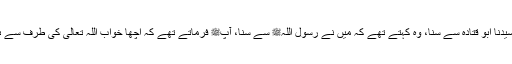
1516: ابو سلمہ کہتے ہیں کہ میں نے سیدنا ابو قتادہؓ سے سنا، وہ کہتے تھے کہ میں نے رسول اللہﷺ سے سنا، آپﷺ فرماتے تھے کہ اچھا خواب اللہ تعالیٰ کی طرف سے ہے اور برا خواب شیطان کی طرف سے۔